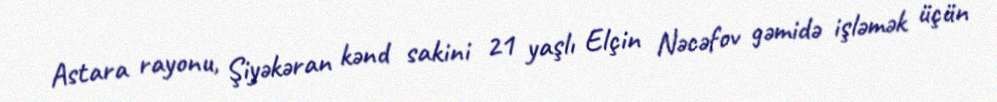
Astara rayonu, Şiyəkəran kənd sakini 21 yaşlı Elçin Nəcəfov gəmidə işləmək üçün